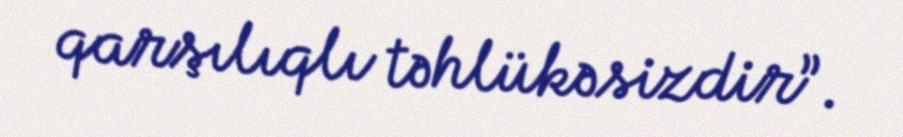
qarşılıqlı təhlükəsizdir”.